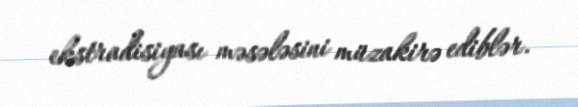
ekstradisiyası məsələsini müzakirə ediblər.